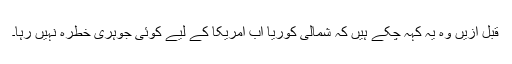
قبل ازیں وہ یہ کہہ چکے ہیں کہ شمالی کوریا اب امریکا کے لیے کوئی جوہری خطرہ نہیں رہا۔